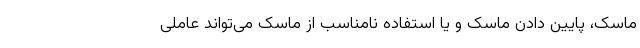
ماسک، پایین دادن ماسک و یا استفاده نامناسب از ماسک می‌تواند عاملی